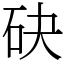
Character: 砄